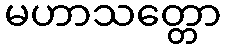
မဟာသတ္တော